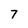
Character: 7